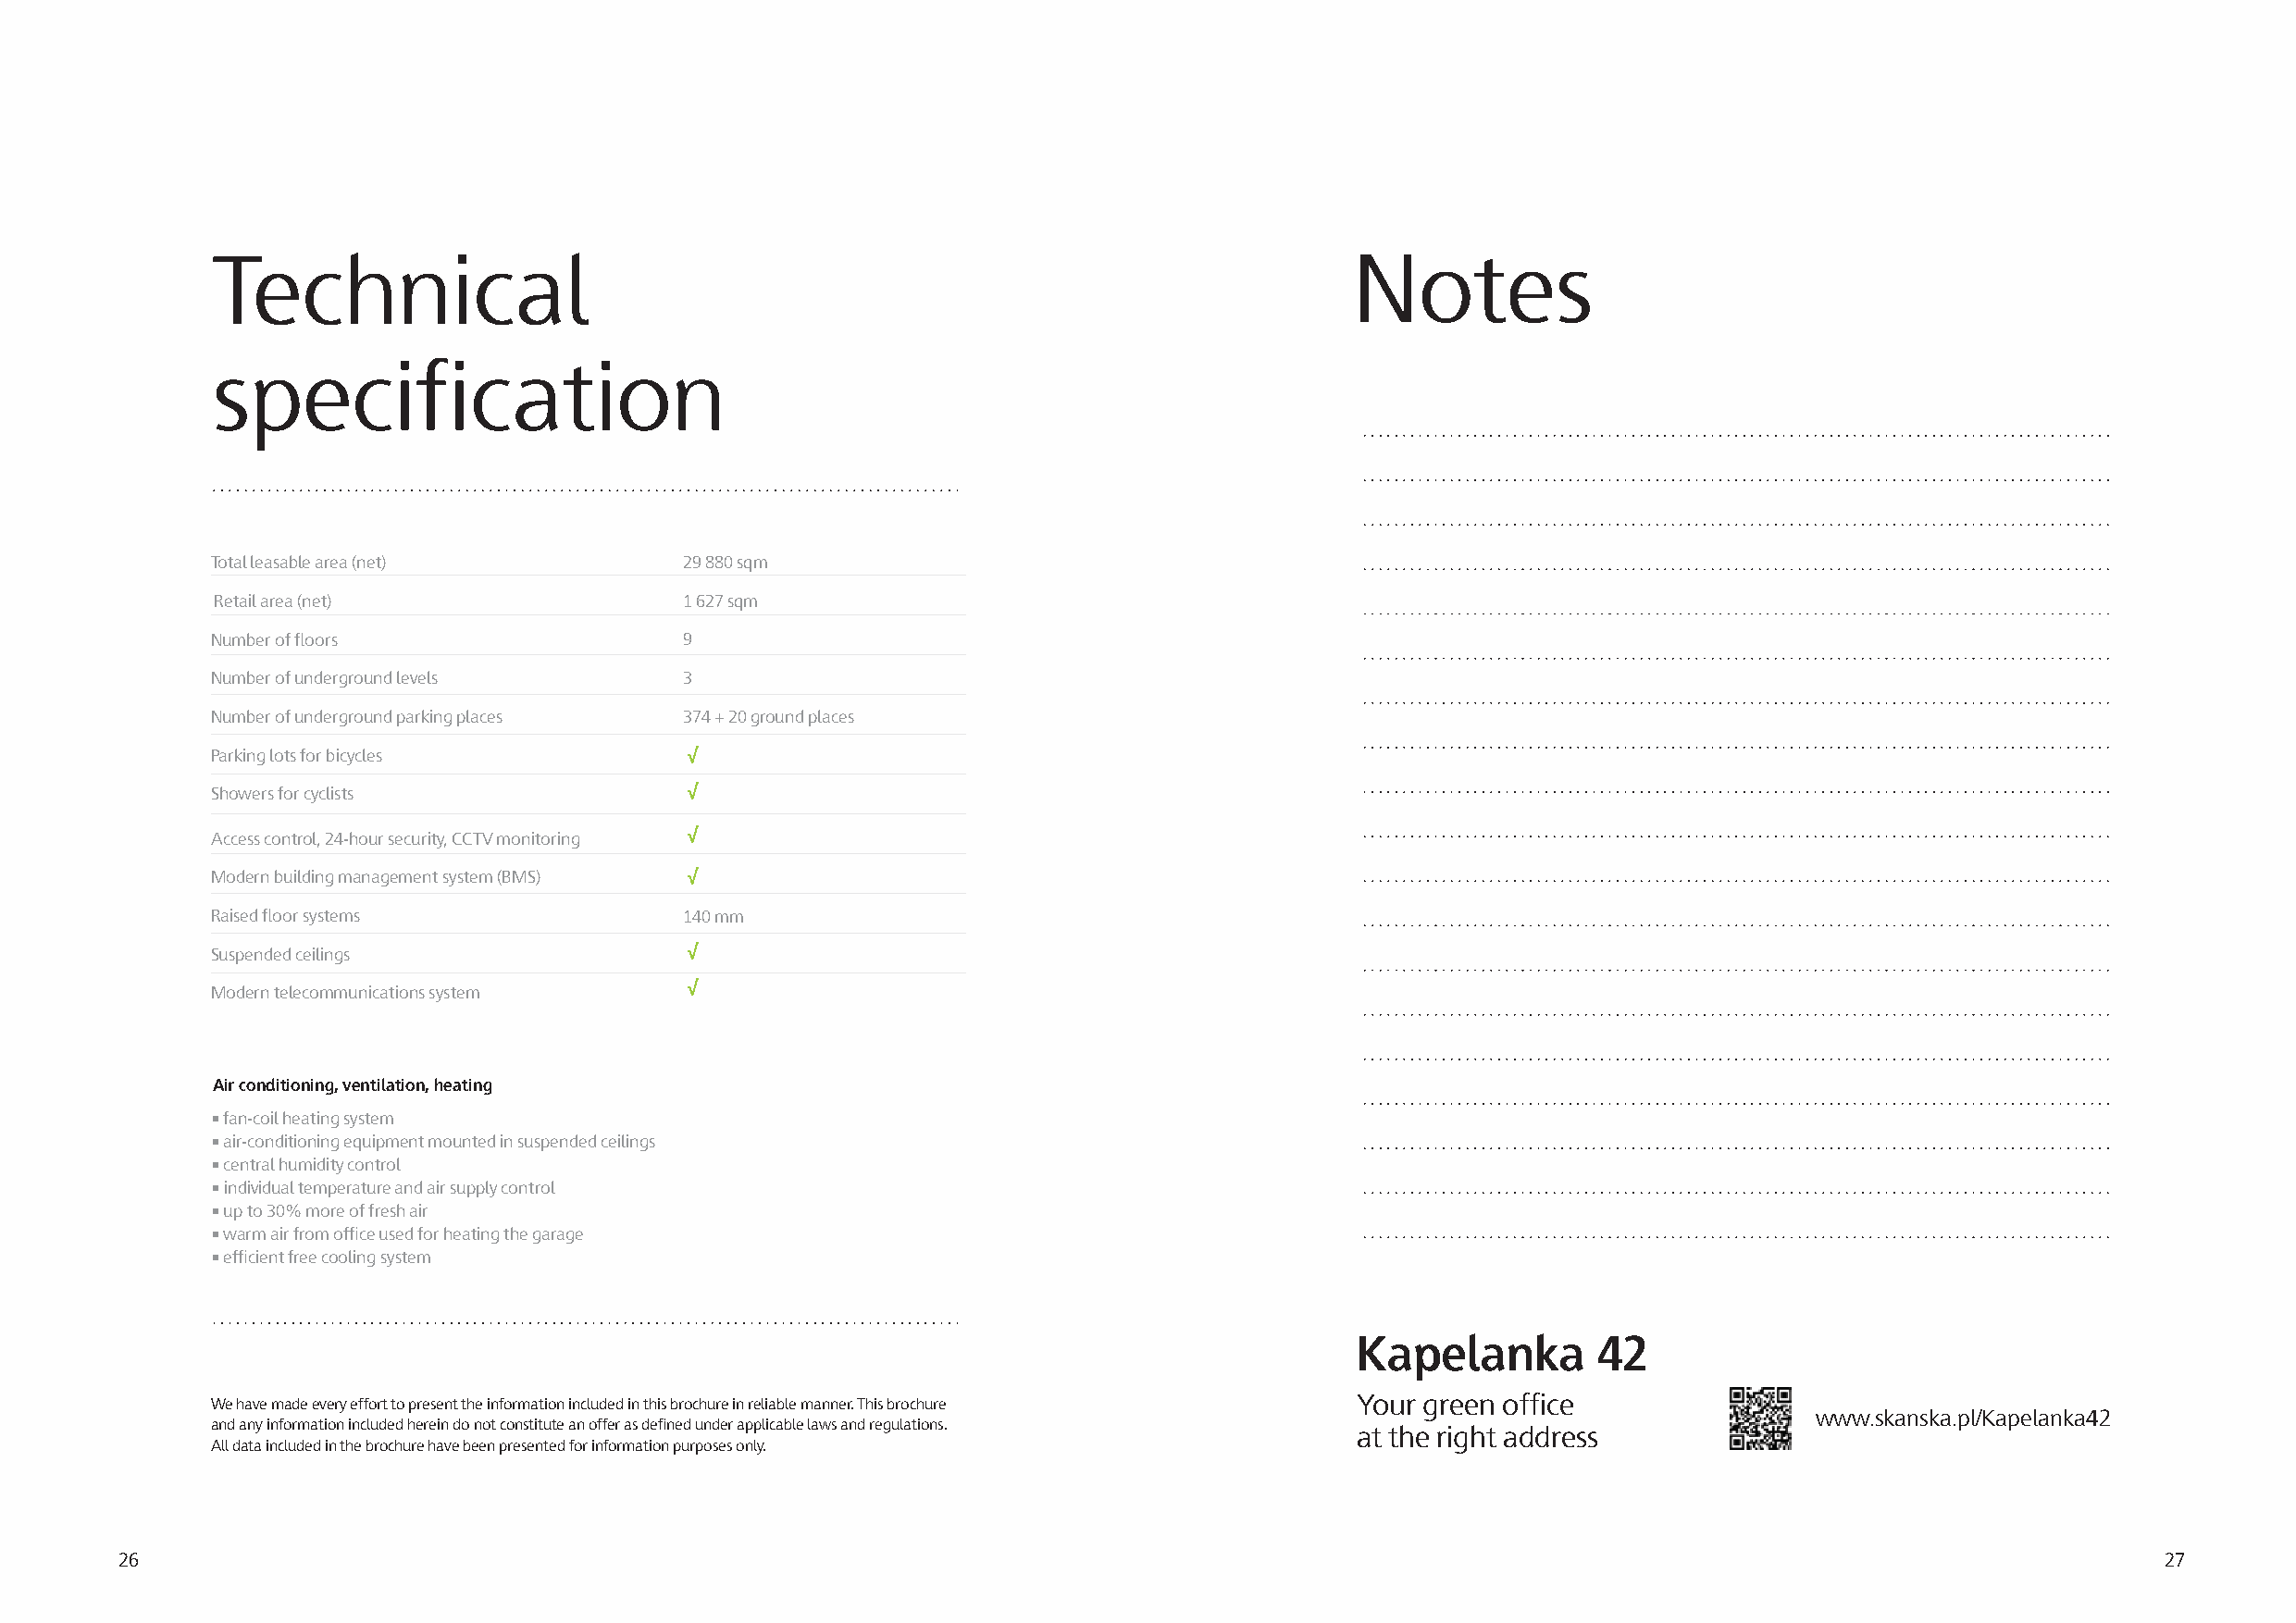
Technical                                                                         Notes
 specification
 Total leasable area (net)         29 880 sqm
 Retail area (net)                 1 627 sqm
 Number of floors                  9
 Number of underground levels      3
 Number of underground parking places 374 + 20 ground places
 Parking lots for bicycles
 Showers for cyclists
 Access control, 24-hour security, CCTV monitoring
 Modern building management system (BMS)
 Raised floor systems              140 mm
 Suspended ceilings
 Modern telecommunications system
 Air conditioning, ventilation, heating
 • fan-coil heating system
 • air-conditioning equipment mounted in suspended ceilings
 • central humidity control
 • individual temperature and air supply control
 • up to 30% more of fresh air
 • warm air from office used for heating the garage
 • efficient free cooling system
 Kapelanka        42
 We have made every effort to present the information included in this brochure in reliable manner. This brochure Your green office
 www.skanska.pl/Kapelanka42
 and any information included herein do not constitute an offer as defined under applicable laws and regulations.
 at the right address
 All data included in the brochure have been presented for information purposes only.
 26                                                                                                                                                 27